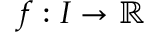
f : I \to \mathbb { R }